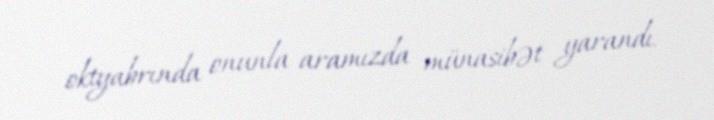
oktyabrında onunla aramızda münasibət yarandı.